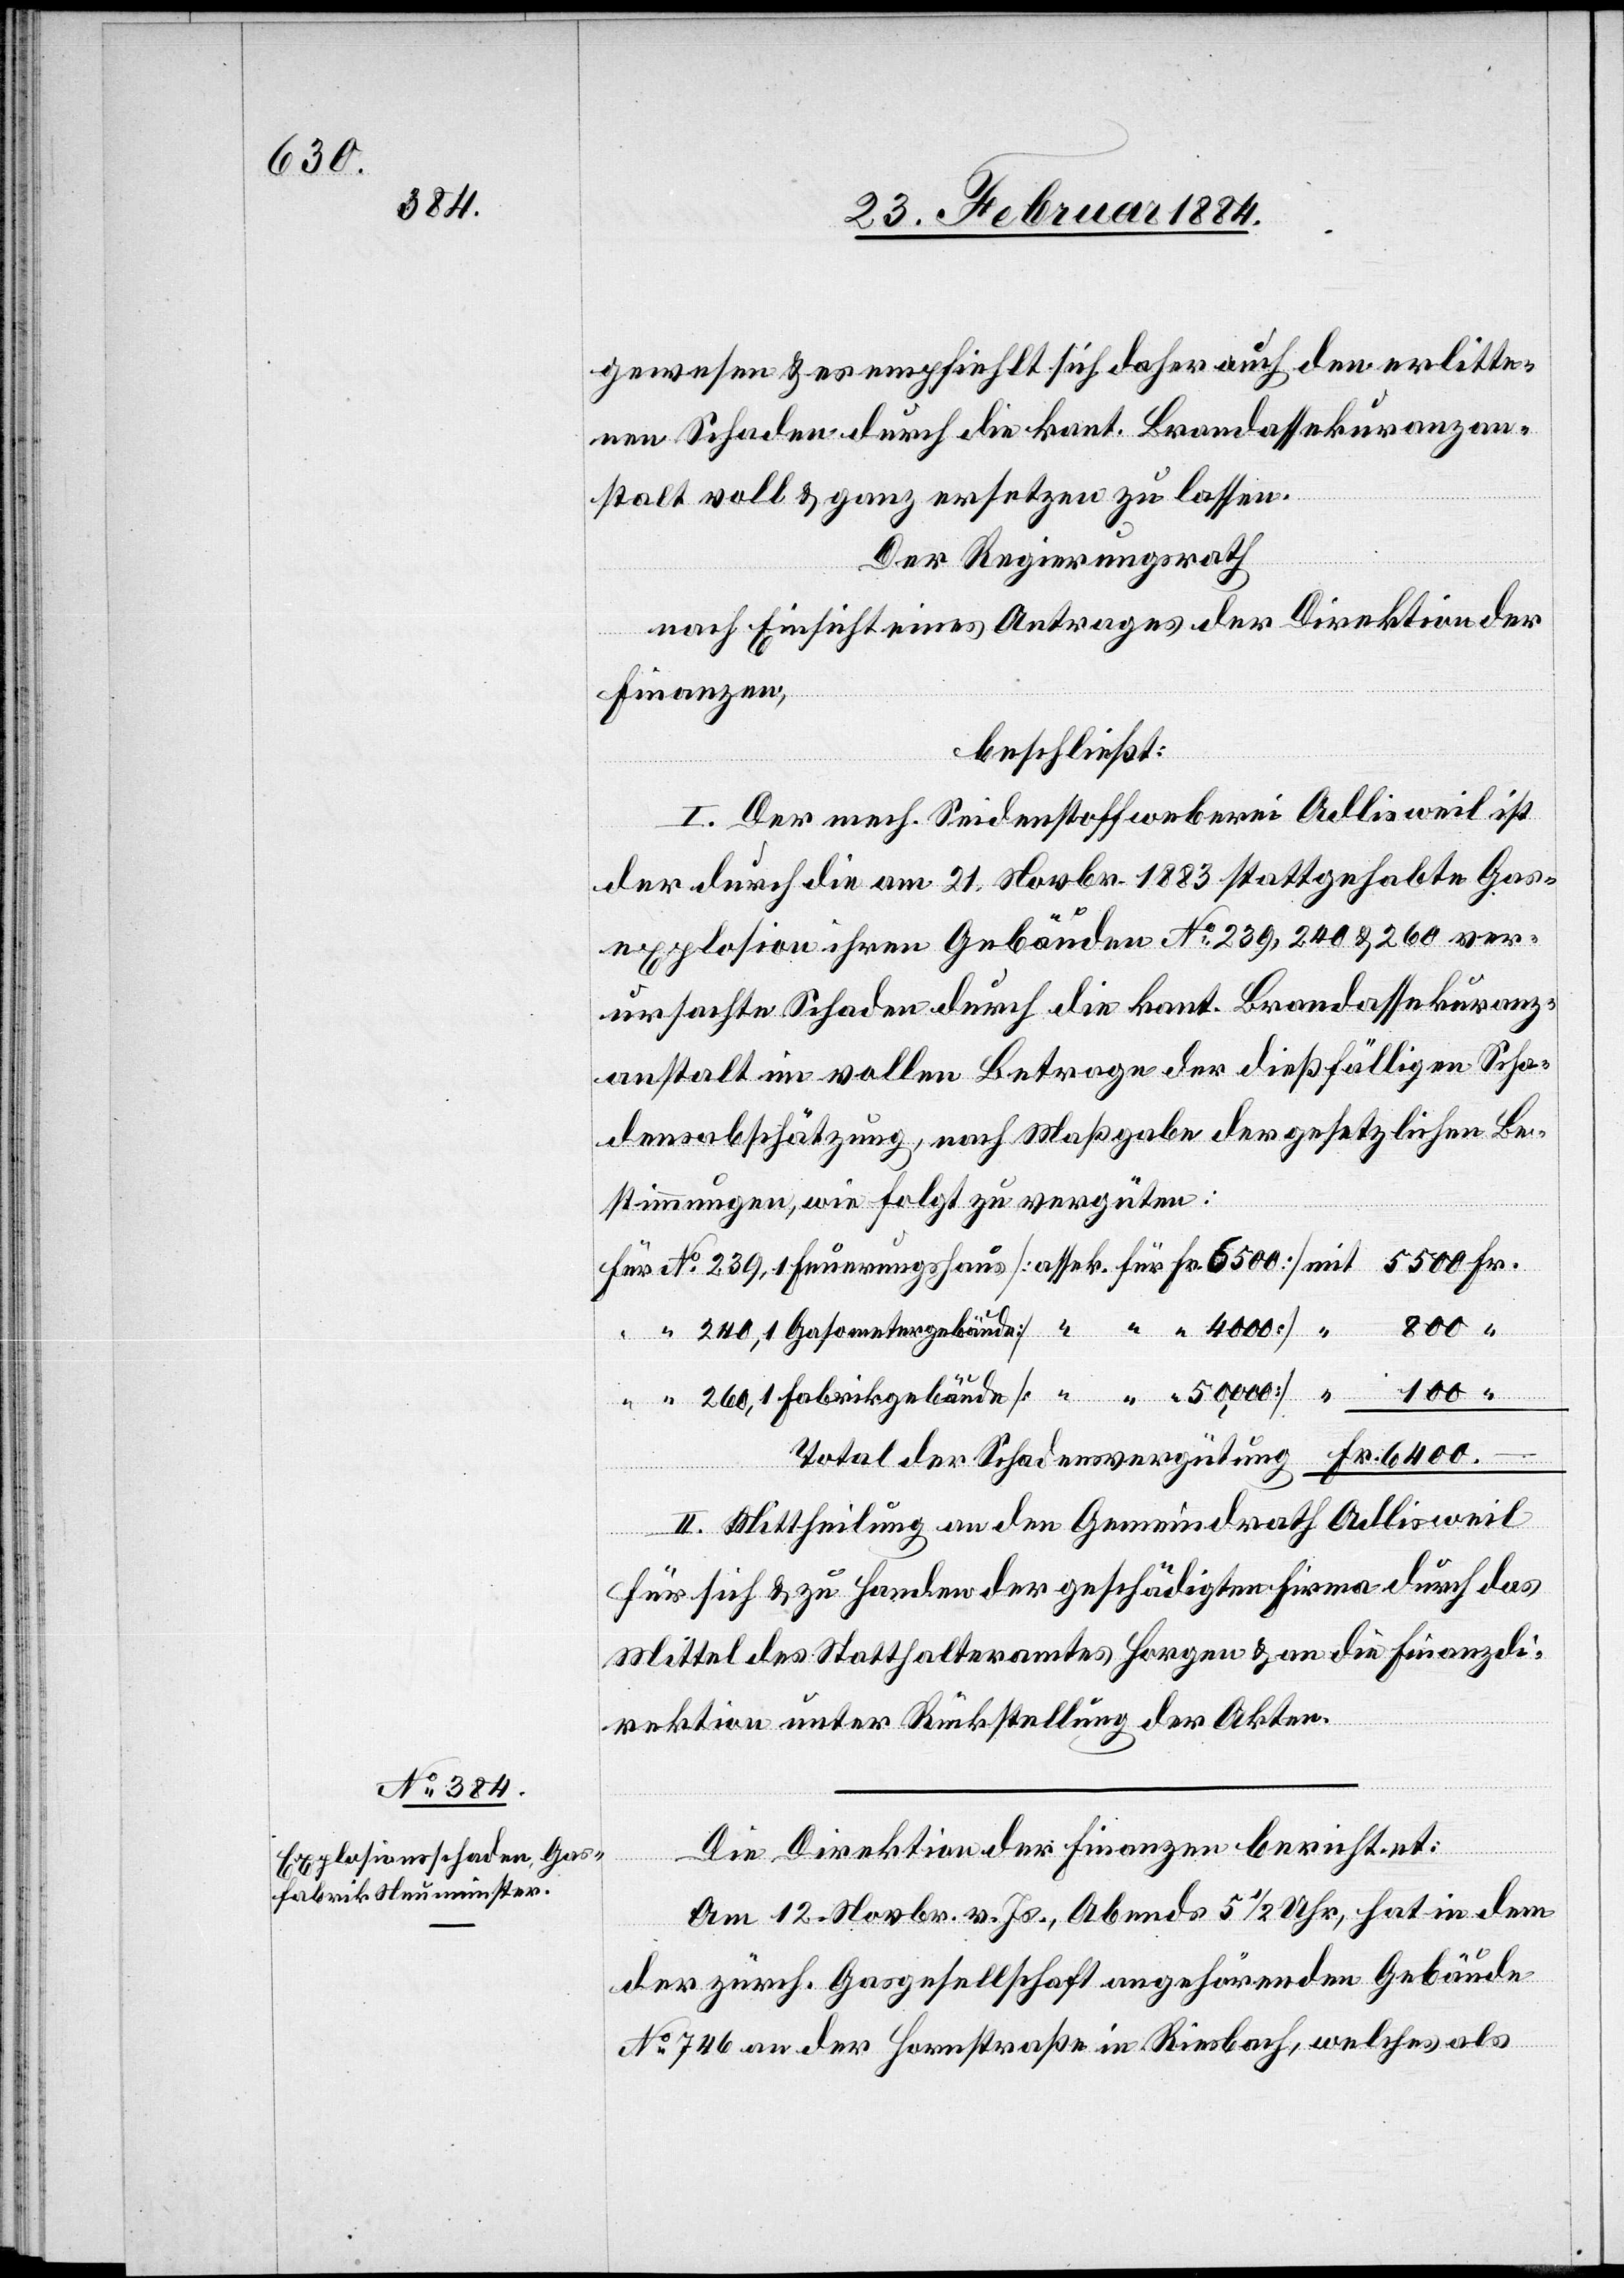
6400

gewesen & es empfiehlt sich daher auch den erlitte¬
nen Schaden durch die kant. Brandassekuranzan¬
stalt voll & ganz ersetzen zu lassen.
Der Regierungsrath
nach Einsicht eines Antrages der Direktion der
Finanzen,
beschließt:
I. Der mech. Seidenstoffweberei Adlisweil ist
der durch die am 21. Novbr. 1883 stattgehabte Gas¬
explosion ihren Gebäuden No 239, 240 & 260 ver¬
ursachten Schaden durch die kant. Brandassekuranz¬
anstalt in vollem Betrage der dießfälligen Scha¬
densabschätzung, nach Maßgabe der gesetzlichen Be¬
stimmungen, wie folgt zu vergüten:
II. Mittheilung an den Gemeindrath Adlisweil
für sich & zu Handen der geschädigten Firma durch das
Mittel des Statthalteramtes Horgen & an die Finanzdi¬
rektion unter Rückstellung der Akten.
Die Direktion der Finanzen berichtet:
Am 12. Novbr. v. Js., Abends 5 1/2 Uhr, hat in der
der zürch. Gasgesellschaft angehörenden Gebäude
No 746 an der Hornstraße in Riesbach, welches als